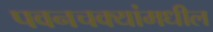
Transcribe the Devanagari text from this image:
पवनचक्यांमधील